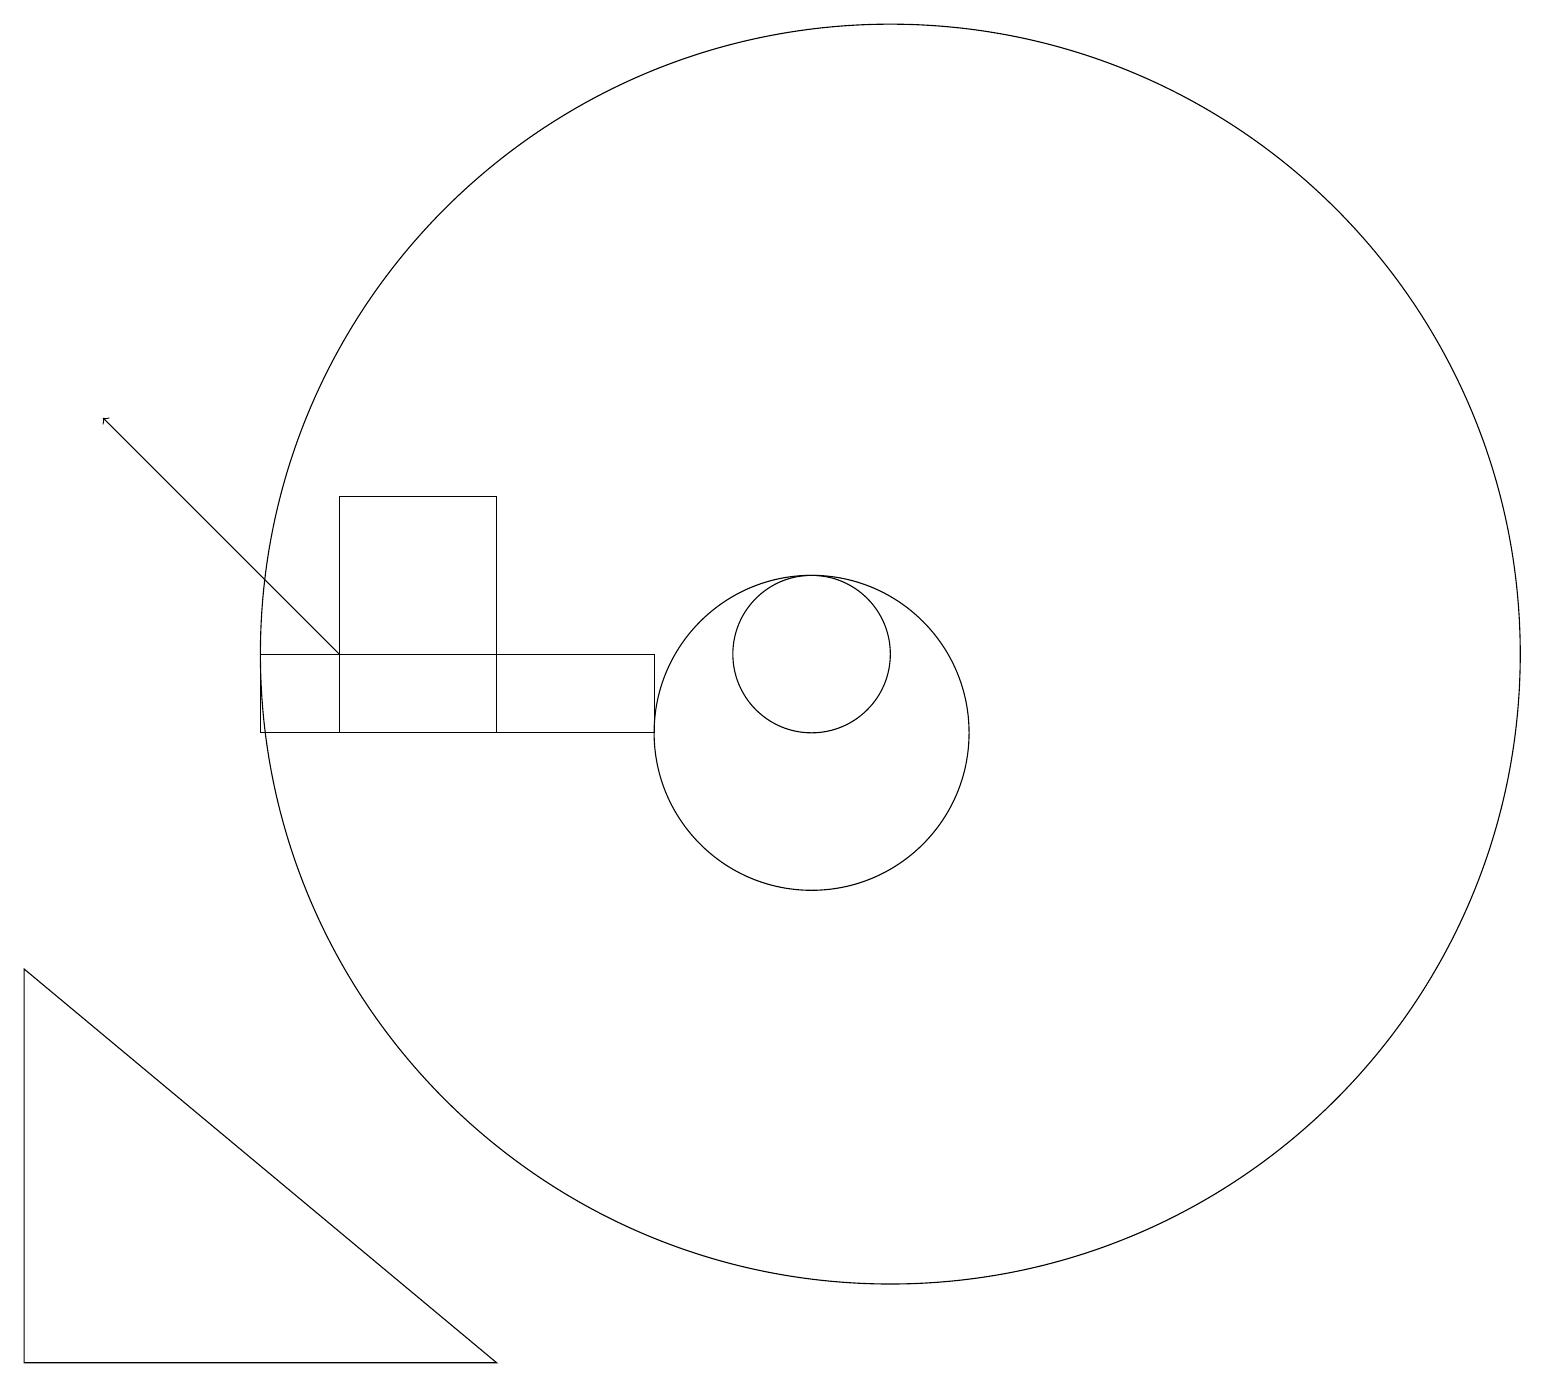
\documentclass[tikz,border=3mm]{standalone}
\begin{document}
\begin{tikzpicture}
\draw (1,7) -- (7,2) -- (1,2) -- cycle;
\draw (11,11) circle (1);
\draw (11,10) circle (2);
\draw (4,10) rectangle (9,11);
\draw (7,13) rectangle (5,10);
\draw[->] (5,11) -- (2,14);
\draw (12,11) circle (8);
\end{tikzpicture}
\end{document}